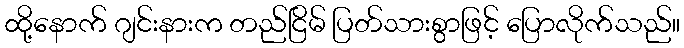
ထို့နောက် ဂျင်းနားက တည်ငြိမ် ပြတ်သားစွာဖြင့် ပြောလိုက်သည်။